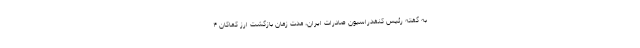
به گفته رئیس کنفدراسیون صادرات ایران، مدت زمان بازگشت ارز کماکان ۴